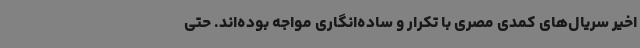
اخیر سریال‌های کمدی مصری با تکرار و ساده‌انگاری مواجه بوده‌اند. حتی